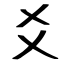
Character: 爻